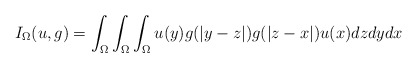
\begin{align*}I_{\Omega}(u,g)=\int_{\Omega}\int_{\Omega}\int_{\Omega}u(y)g(|y-z|)g(|z-x|)u(x)dzdydx\end{align*}